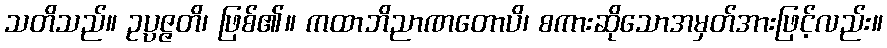
သတိသည်။ ဥပ္ပဇ္ဇတိ၊ ဖြစ်၏။ ကထာဘိညာဏတောပိ၊ စကားဆိုသောအမှတ်အားဖြင့်လည်း။